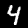
Label: 4